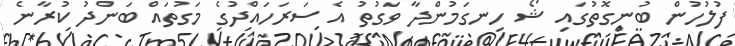
ފުލުހުން ބުނިގޮތުގައި ޝޯ ހިނގަމުންދާ ވަގުތު އެ ސަރަހައްދުގެ މަގުތައް ބަންދު ކުރާނެ